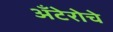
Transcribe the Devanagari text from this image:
अँटेरोचे